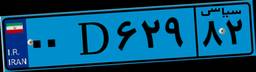
۱۰D۳۴۸۷۰